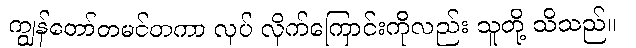
ကျွန်တော်တမင်တကာ လုပ် လိုက်ကြောင်းကိုလည်း သူတို့ သိသည်။